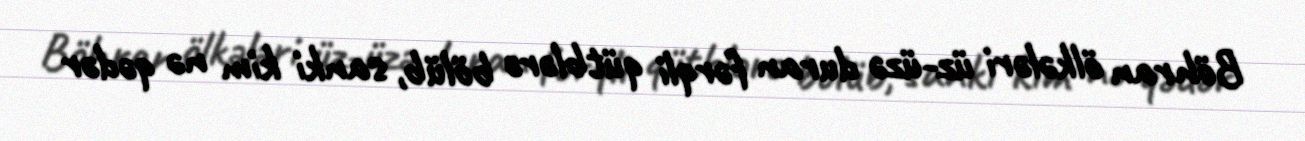
Böhran ölkələri üz-üzə duran fərqli qütblərə bölüb, sanki kim nə qədər